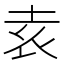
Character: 𡊮